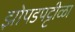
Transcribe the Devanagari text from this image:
झोपडपट्टीळा